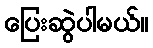
ပြေးဆွဲပါမယ်။